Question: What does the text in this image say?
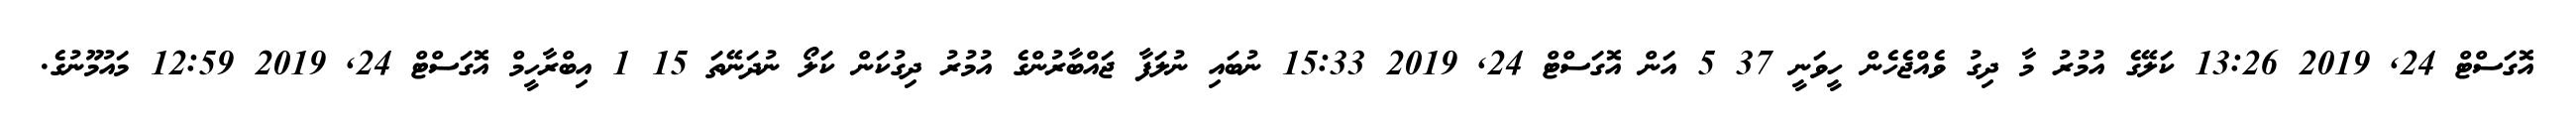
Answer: އޮގަސްޓް 24, 2019 13:26 ކަލޭގެ އުމުރު މާ ދިގު ވެއްޖެހެން ހީވަނީ 37 5 އަން އޮގަސްޓް 24, 2019 15:33 ނުބައި ނުލަފާ ޖައްބާރުންގެ އުމުރު ދިގުކަން ކަލޯ ނުދަނޭތަ 15 1 އިބްރާހީމް އޮގަސްޓް 24, 2019 12:59 މައުމޫނުގެ.